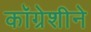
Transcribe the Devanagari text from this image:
कॉग्रेशीने